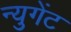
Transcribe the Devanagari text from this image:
न्युगेंट